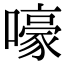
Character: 嚎